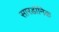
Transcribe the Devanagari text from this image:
सारडॉनिक